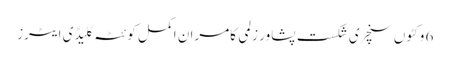
6 وکٹوں سنچری شکست پشاور زلمی کامران اکمل کوئٹہ گلیڈی ایٹرز